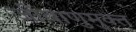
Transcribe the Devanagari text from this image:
जीवाणुमुक्त